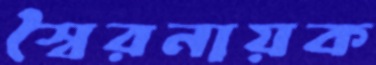
স্বৈরনায়ক